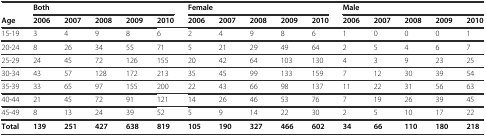
<table><thead><tr><td></td><td colspan="5"><b>Both</b></td><td colspan="5"><b>Female</b></td><td colspan="5"><b>Male</b></td></tr><tr><td><b>Age</b></td><td><b>2006</b></td><td><b>2007</b></td><td><b>2008</b></td><td><b>2009</b></td><td><b>2010</b></td><td><b>2006</b></td><td><b>2007</b></td><td><b>2008</b></td><td><b>2009</b></td><td><b>2010</b></td><td><b>2006</b></td><td><b>2007</b></td><td><b>2008</b></td><td><b>2009</b></td><td><b>2010</b></td></tr></thead><tbody><tr><td>15-19</td><td>3</td><td>4</td><td>9</td><td>8</td><td>6</td><td>2</td><td>4</td><td>9</td><td>8</td><td>6</td><td>1</td><td>0</td><td>0</td><td>0</td><td>1</td></tr><tr><td>20-24</td><td>8</td><td>26</td><td>34</td><td>55</td><td>71</td><td>5</td><td>21</td><td>29</td><td>49</td><td>64</td><td>2</td><td>5</td><td>4</td><td>6</td><td>7</td></tr><tr><td>25-29</td><td>24</td><td>45</td><td>72</td><td>126</td><td>155</td><td>20</td><td>42</td><td>64</td><td>103</td><td>130</td><td>4</td><td>3</td><td>9</td><td>23</td><td>25</td></tr><tr><td>30-34</td><td>43</td><td>57</td><td>128</td><td>172</td><td>213</td><td>35</td><td>45</td><td>99</td><td>133</td><td>159</td><td>7</td><td>12</td><td>30</td><td>39</td><td>54</td></tr><tr><td>35-39</td><td>33</td><td>65</td><td>97</td><td>155</td><td>200</td><td>22</td><td>43</td><td>66</td><td>98</td><td>137</td><td>11</td><td>22</td><td>31</td><td>56</td><td>63</td></tr><tr><td>40-44</td><td>21</td><td>45</td><td>72</td><td>91</td><td>121</td><td>14</td><td>26</td><td>46</td><td>53</td><td>76</td><td>7</td><td>19</td><td>26</td><td>39</td><td>45</td></tr><tr><td>45-49</td><td>8</td><td>13</td><td>24</td><td>39</td><td>52</td><td>5</td><td>9</td><td>14</td><td>22</td><td>30</td><td>2</td><td>5</td><td>10</td><td>17</td><td>22</td></tr><tr><td><b>Total</b></td><td><b>139</b></td><td><b>251</b></td><td><b>427</b></td><td><b>638</b></td><td><b>819</b></td><td><b>105</b></td><td><b>190</b></td><td><b>327</b></td><td><b>466</b></td><td><b>602</b></td><td><b>34</b></td><td><b>66</b></td><td><b>110</b></td><td><b>180</b></td><td><b>218</b></td></tr></tbody></table>